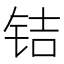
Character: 𰽲